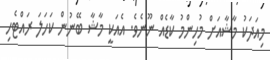
މިއަދަކު މާޝާއަށް މުހިންމު ކާޑެއް ނޫނެވެ. އެއަކީ މާޝާ ބޭނުން ކަހަލަ ރައްޓެހި